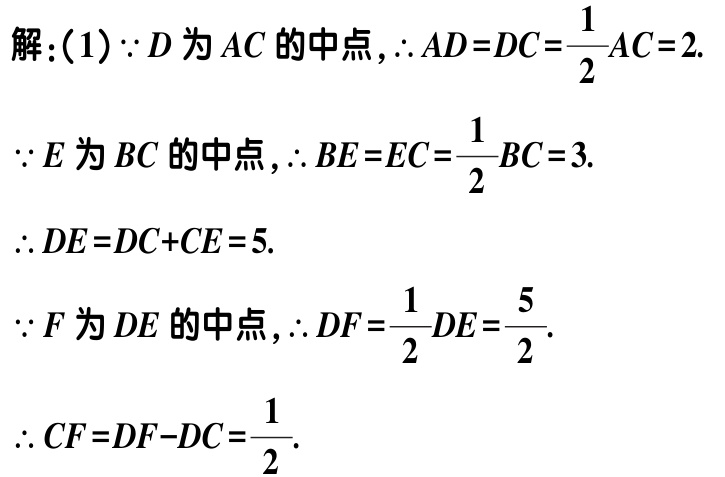
解：(1)$\because D$为$AC$的中点，$\therefore AD = DC=\dfrac{1}{2}AC = 2$.

$\because E$为$BC$的中点，$\therefore BE = EC=\dfrac{1}{2}BC = 3$.

$\therefore DE = DC + CE = 5$.

$\because F$为$DE$的中点，$\therefore DF=\dfrac{1}{2}DE=\dfrac{5}{2}$.

$\therefore CF = DF - DC=\dfrac{1}{2}$.